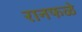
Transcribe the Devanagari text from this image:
रानफळे